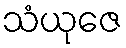
သံယုဇေ